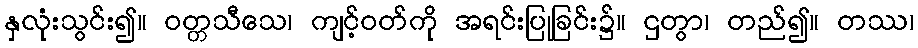
နှလုံးသွင်း၍။ ဝတ္တသီသေ၊ ကျင့်ဝတ်ကို အရင်းပြုခြင်း၌။ ဌတွာ၊ တည်၍။ တဿ၊